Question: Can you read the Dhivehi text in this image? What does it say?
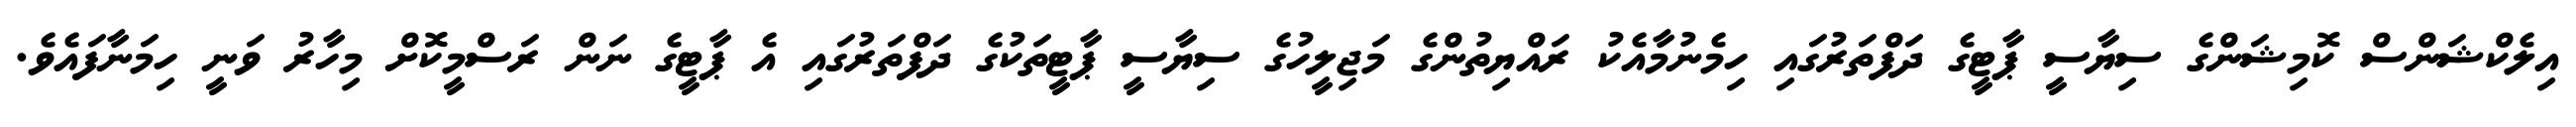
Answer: އިލެކްޝަންސް ކޮމިޝަންގެ ސިޔާސީ ޕާޓީގެ ދަފްތަރުގައި ހިމެނުމާއެކު ރައްޔިތުންގެ މަޖިލީހުގެ ސިޔާސީ ޕާޓީތަކުގެ ދަފްތަރުގައި އެ ޕާޓީގެ ނަން ރަސްމީކޮށް މިހާރު ވަނީ ހިމަނާފައެވެ.